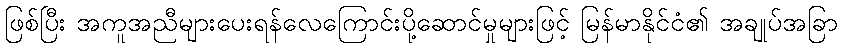
ဖြစ်ပြီး အကူအညီများပေးရန်လေကြောင်းပို့ဆောင်မှုများဖြင့် မြန်မာနိုင်ငံ၏ အချုပ်အခြာ